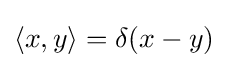
\langle x,y\rangle =\delta (x-y)